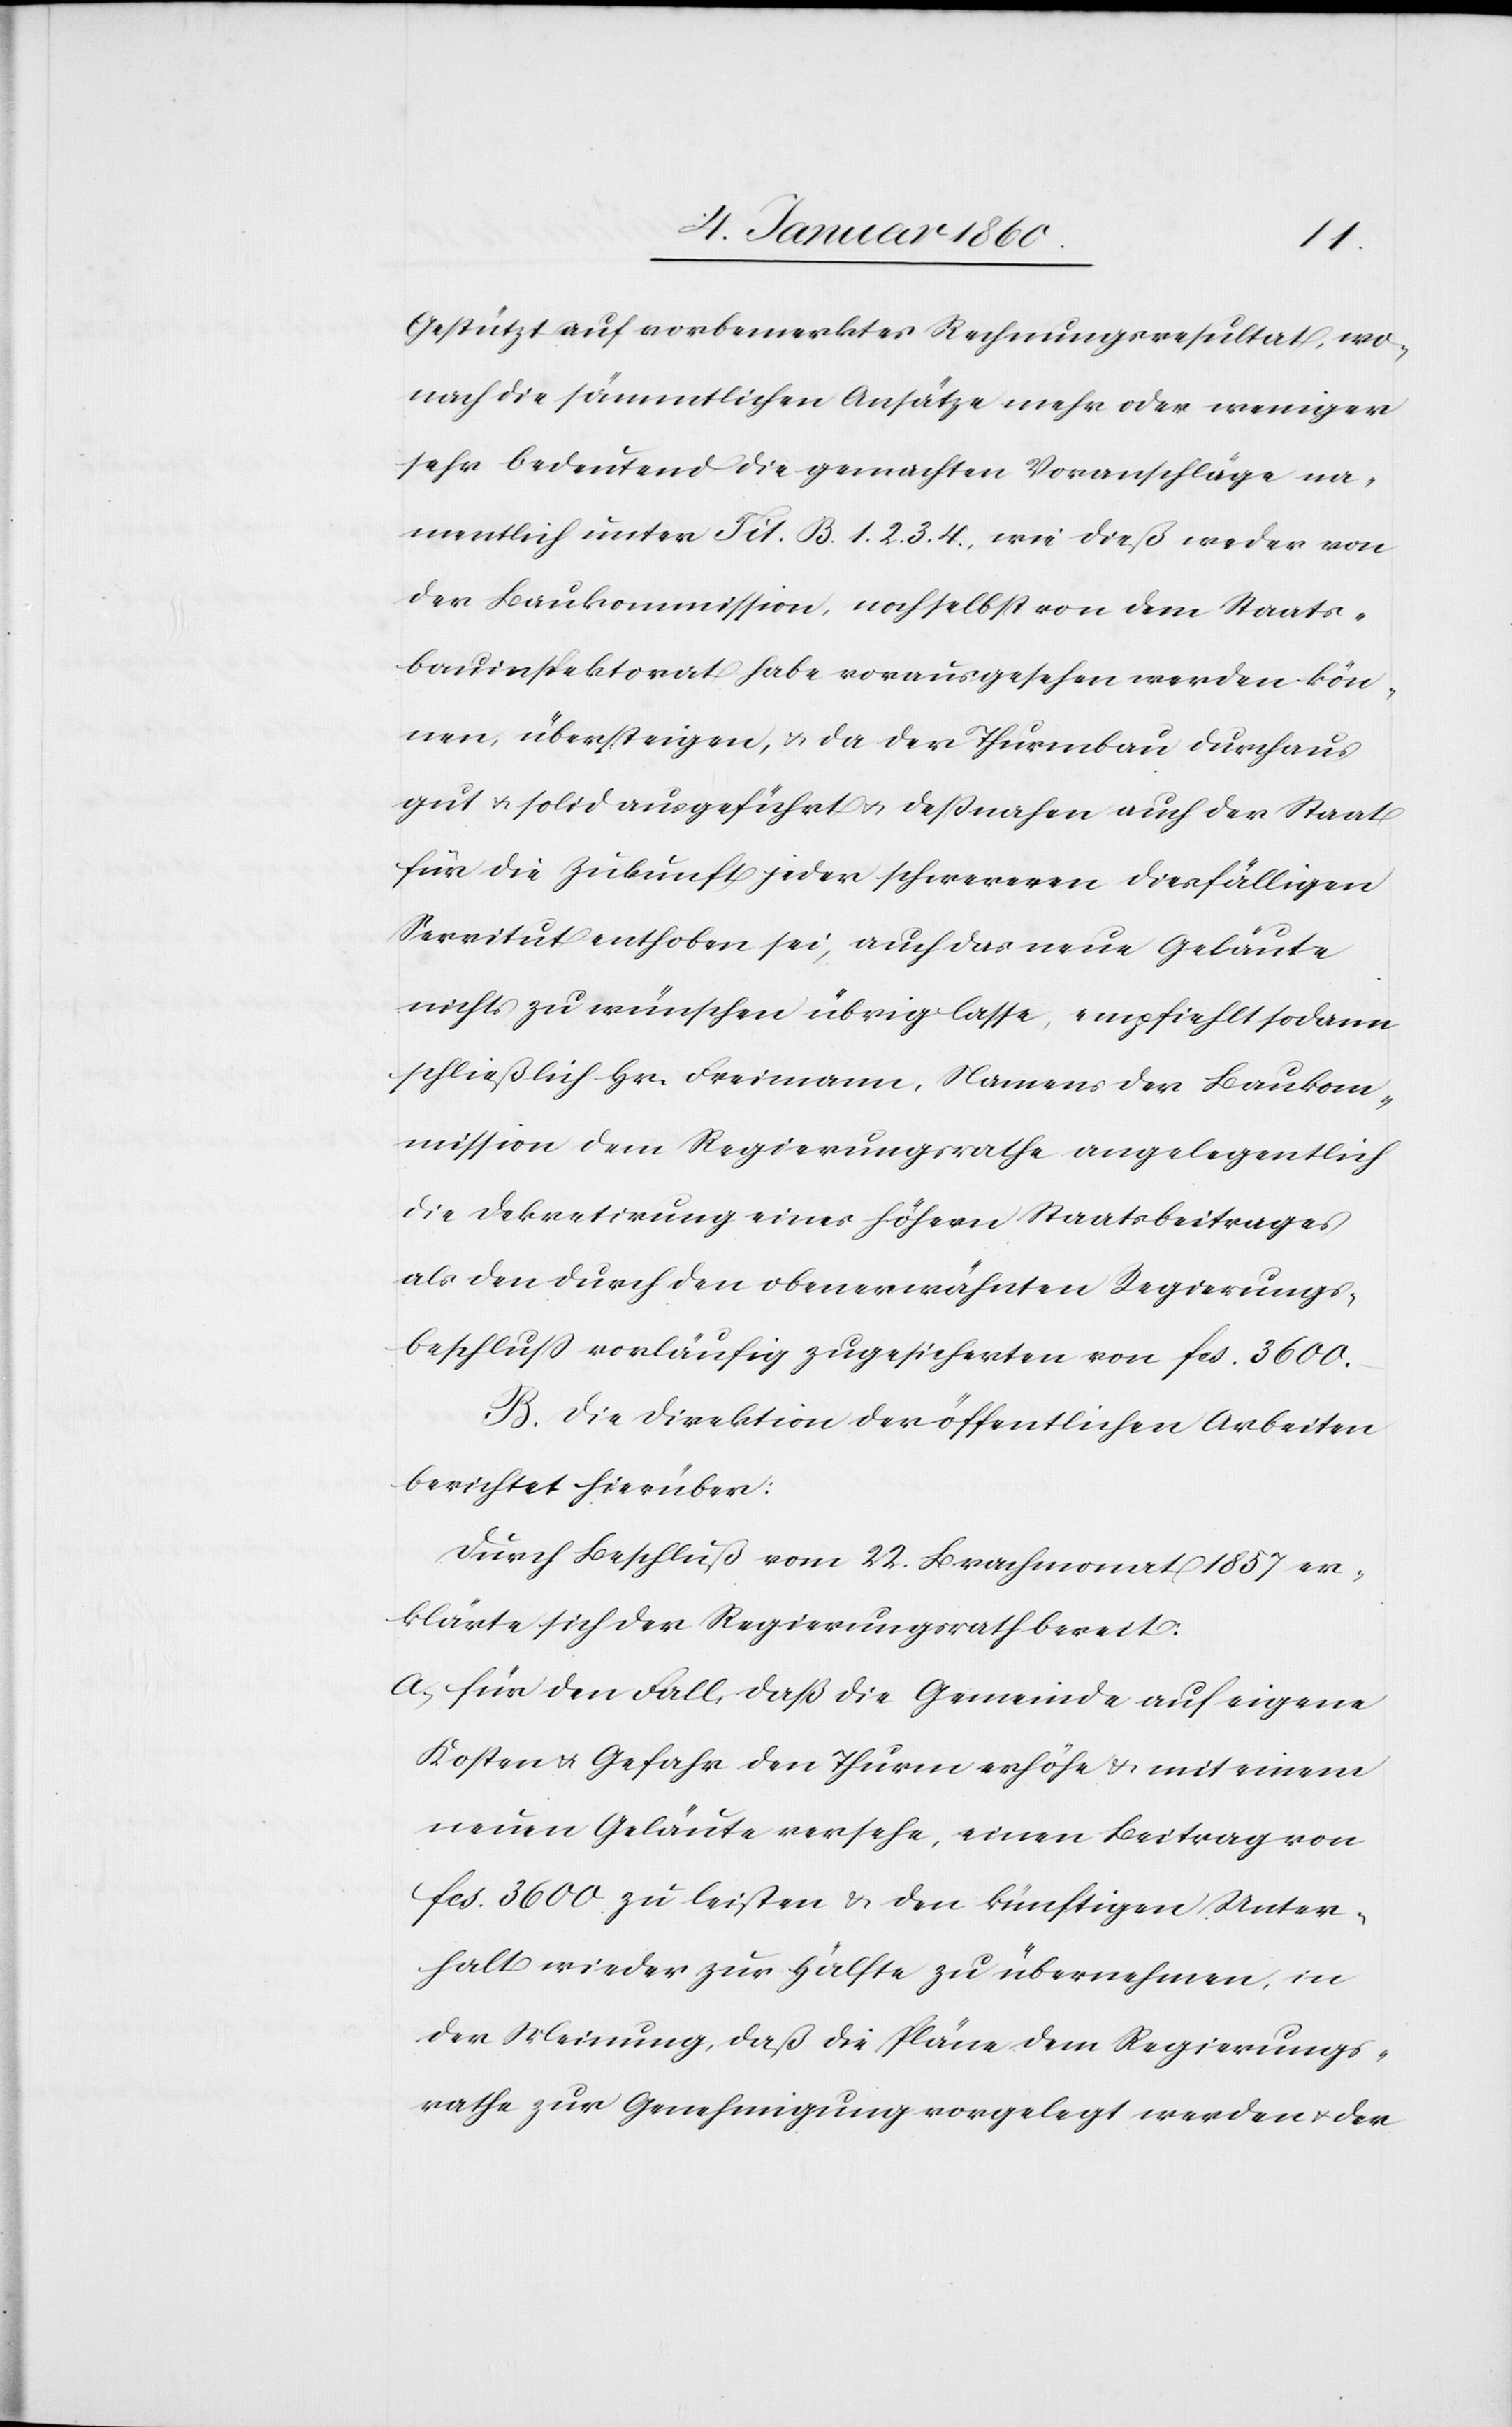
gestützt auf vorbemerktes Rechnungsresultat, wo¬
nach die sämmtlichen Ansätze mehr oder weniger
sehr bedeutend die gemachten Voranschläge na¬
mentlich unter Tit. B. 1. 2. 3. 4. wie dieß weder von
der Baukommission, noch selbst von dem Staats¬
bauinspektorat habe vorausgesehen werden kön¬
nen, übersteigen, u. da der Thurmbau durchaus
gut u. solid ausgeführt u. deßnahen auch der Staat
für die Zukunft jeder schwereren derfälligen
Servitut enthoben sey, auf das neue Geläute
nichts zu wünschen übrig lasse, empfiehlt sodann
schließlich Hr. Freimann, Namens der Baukom¬
mission dem Regierungsrathe angelegentlich
die Dekretirung eines höhern Staatsbeitrages
als den durch den obenerwähnten Regierungs¬
beschluß vorläufig zugesicherten von fcs. 3600.
B. Die Direktion der öffentlichen Arbeiten
berichtet hierüber:
Durch Beschluß vom 22. Brachmonat 1857. er¬
klärte sich der Regierungsrath bereit.
a. für den Fall, daß die Gemeinde auf eigene
Kosten u. Gefahr den Thurm erhöhe u. mit einem
neuen Geläute versehe, einen Beitrag von
fcs. 3600. zu leisten u. den künftigen Unter¬
halt wieder zur Hälfte zu übernehmen, in
der Meinung, daß die Pläne dem Regierungs¬
rathe zur Genehmigung vorgelegt werden u. der